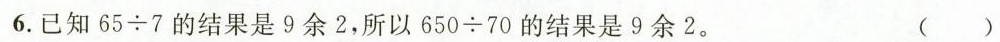
6.已知65 \div 7的结果是9余2，所以650\div70的结果是9余2。 ()